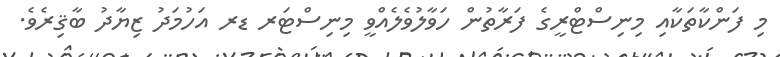
މި ފަންކާތަކާއި މިނިސްޓްރީގެ ފަރާތުން ހަވާލުވެލެއްވީ މިނިސްޓަރ ޑރ އަހުމަދު ޒިޔާދު ބާޤިރެވެ.